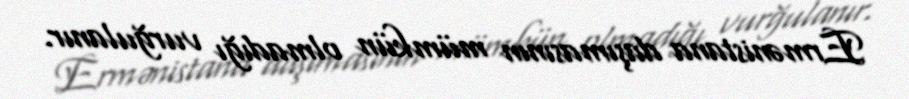
Ermənistana daşımasının mümkün olmadığı vurğulanır.